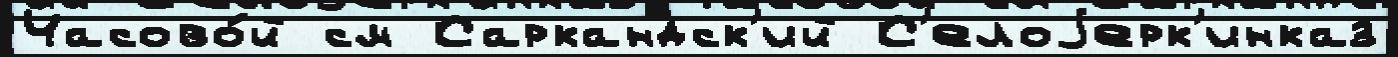
Часово́й см Саркандск'ий С'елоjерк'инказ